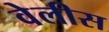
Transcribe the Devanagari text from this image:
वेलीस